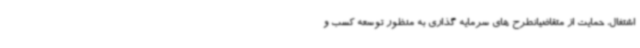
اشتغال، حمایت از متقاضیانطرح های سرمایه گذاری به منظور توسعه کسب و